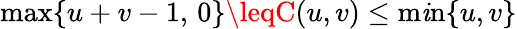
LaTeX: \operatorname*{max}\{ u+v-1,\, 0\} \leqC(u,v)\leq\operatorname*{m\mathit{i}n}\{ u,v\}